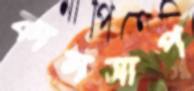
কালসাপ